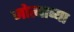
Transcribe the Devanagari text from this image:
जोत्याच्या